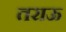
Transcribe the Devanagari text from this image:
तराऊ